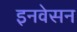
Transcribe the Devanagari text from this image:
इनवेसन